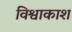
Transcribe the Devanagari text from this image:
विश्वाकाश